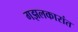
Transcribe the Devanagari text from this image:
गझलकारांत